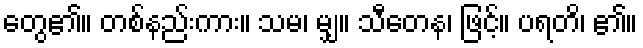
တွေ၏။ တစ်နည်းကား။ သမ၊ မျှ။ သီတေန၊ ဖြင့်။ ပရတိ၊ ၏။